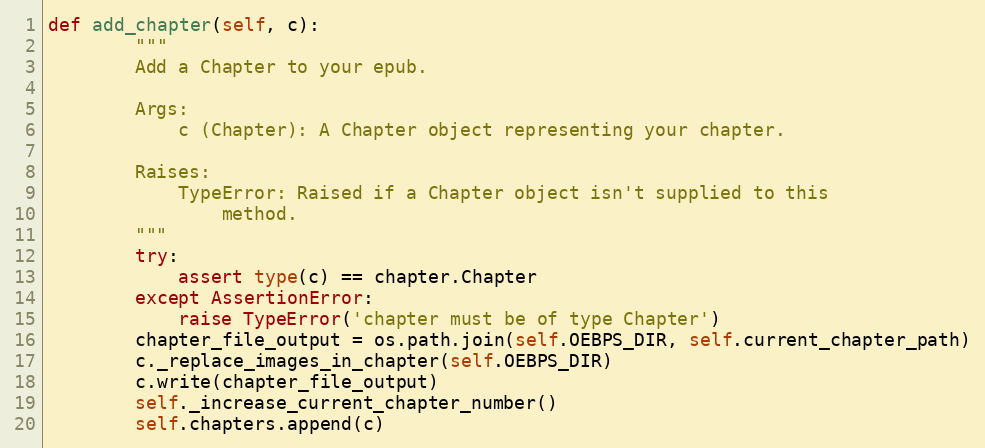
Language: Python
def add_chapter(self, c):
        """
        Add a Chapter to your epub.

        Args:
            c (Chapter): A Chapter object representing your chapter.

        Raises:
            TypeError: Raised if a Chapter object isn't supplied to this
                method.
        """
        try:
            assert type(c) == chapter.Chapter
        except AssertionError:
            raise TypeError('chapter must be of type Chapter')
        chapter_file_output = os.path.join(self.OEBPS_DIR, self.current_chapter_path)
        c._replace_images_in_chapter(self.OEBPS_DIR)
        c.write(chapter_file_output)
        self._increase_current_chapter_number()
        self.chapters.append(c)